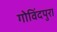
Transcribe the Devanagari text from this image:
गोविंदपुरा